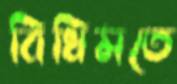
বিধিমতে